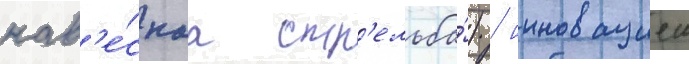
нав'е́снаа стр'ельба́) / инновациеи